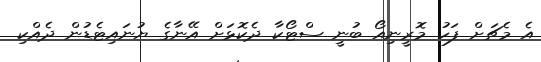
އެ މެޗަށް ފަހު މޮރީނިއޯ ބުނީ ސްޓޯކާ ދެކޮޅަށް އޭނާގެ ޔުނައިޓެޑުން ދެއްކި